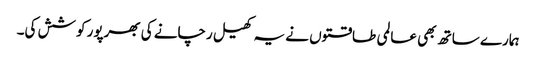
ہمارے ساتھ بھی عالمی طاقتوں نے یہ کھیل رچانے کی بھرپور کوشش کی۔